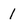
Character: 1